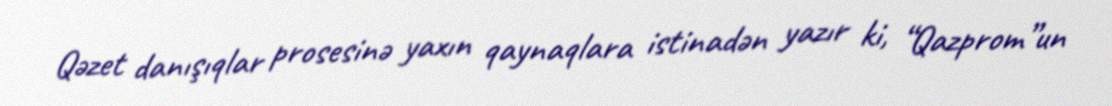
Qəzet danışıqlar prosesinə yaxın qaynaqlara istinadən yazır ki, “Qazprom”un